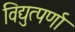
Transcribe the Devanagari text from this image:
विद्युत्पर्णा